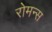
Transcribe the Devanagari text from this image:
रोमन्स